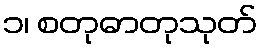
၁၊ စတုဓာတုသုတ်